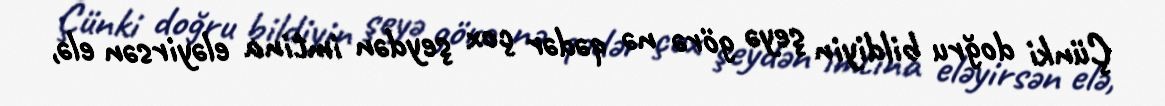
Çünki doğru bildiyin şeyə görə nə qədər çox şeydən imtina eləyirsən elə,